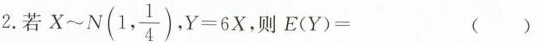
2.若X～N(1,\frac{1}{4}) ,$$Y = 6 X$$,则$$E ( Y ) = ( ) $$